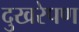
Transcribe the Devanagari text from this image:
दुखरेपण